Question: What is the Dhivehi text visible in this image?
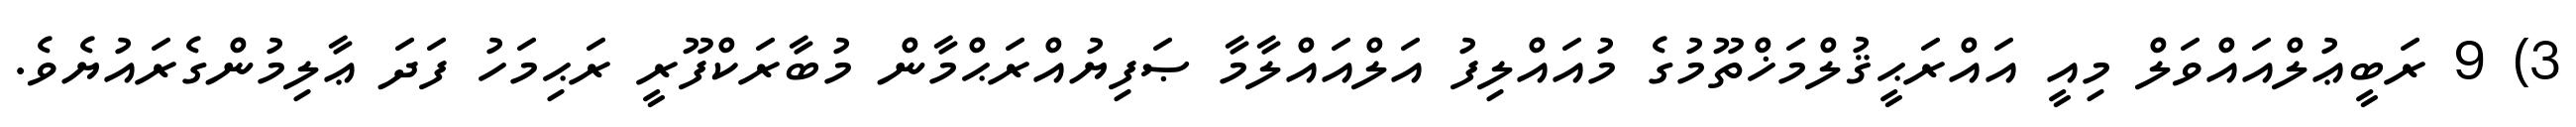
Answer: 3) 9 ރަބީޢުލްއައްވަލް މިއީ އައްރަޙީޤުލްމަޚްތޫމުގެ މުއައްލިފު އަލްއައްލާމާ ޞަފިޔުއްރަޙްމާން މުބާރަކްފޫރީ ރަޙިމަހު ފަދަ ޢާލިމުންގެރައުޔެވެ.